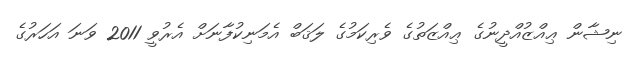
ނިޝާން ޢިއްޒުއްދީނުގެ ޢިއްޒަތުގެ ވެރިކަމުގެ ލަޤަބް އެމަނިކުފާނަށް އެރުވީ 2011 ވަނަ އަހަރުގެ